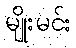
မျိုးမင်း